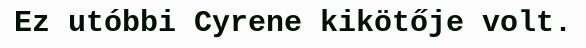
Ez utóbbi Cyrene kikötője volt.